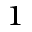
^ 1